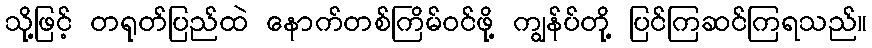
သို့ဖြင့် တရုတ်ပြည်ထဲ နောက်တစ်ကြိမ်ဝင်ဖို့ ကျွန်ပ်တို့ ပြင်ကြဆင်ကြရသည်။